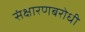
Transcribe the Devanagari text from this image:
संक्षारणबरोधी